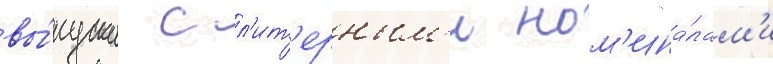
вы́пуска с л'ит'ерным'и ном'ина́лам'и